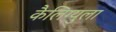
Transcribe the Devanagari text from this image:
कैलिग्युला